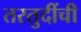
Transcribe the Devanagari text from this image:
तरतुदींची